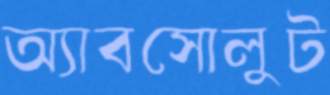
অ্যাবসোলুট